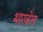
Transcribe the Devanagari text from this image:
भारवेल